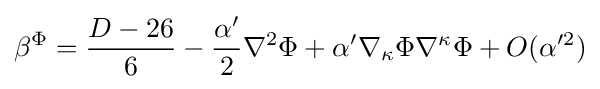
\beta ^{\Phi }={\frac {D-26}{6}}-{\frac {\alpha '}{2}}\nabla ^{2}\Phi +\alpha '\nabla _{\kappa }\Phi \nabla ^{\kappa }\Phi +O(\alpha '^{2})